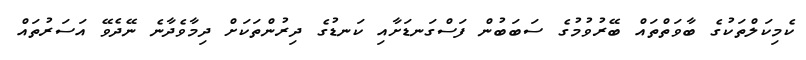
ކެމިކަލްތަކުގެ ބާވަތްތައް ބޭރުވުމުގެ ސަބަބުން ފަސްގަނޑަށާއި ކަނޑުގެ ދިރުންތަކަށް ދިމާވެދާނެ ނޭދެވޭ އަސަރުތައް